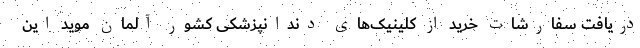
دریافت سفارشات خرید از کلینیک­های دندانپزشکی کشور آلمان موید این